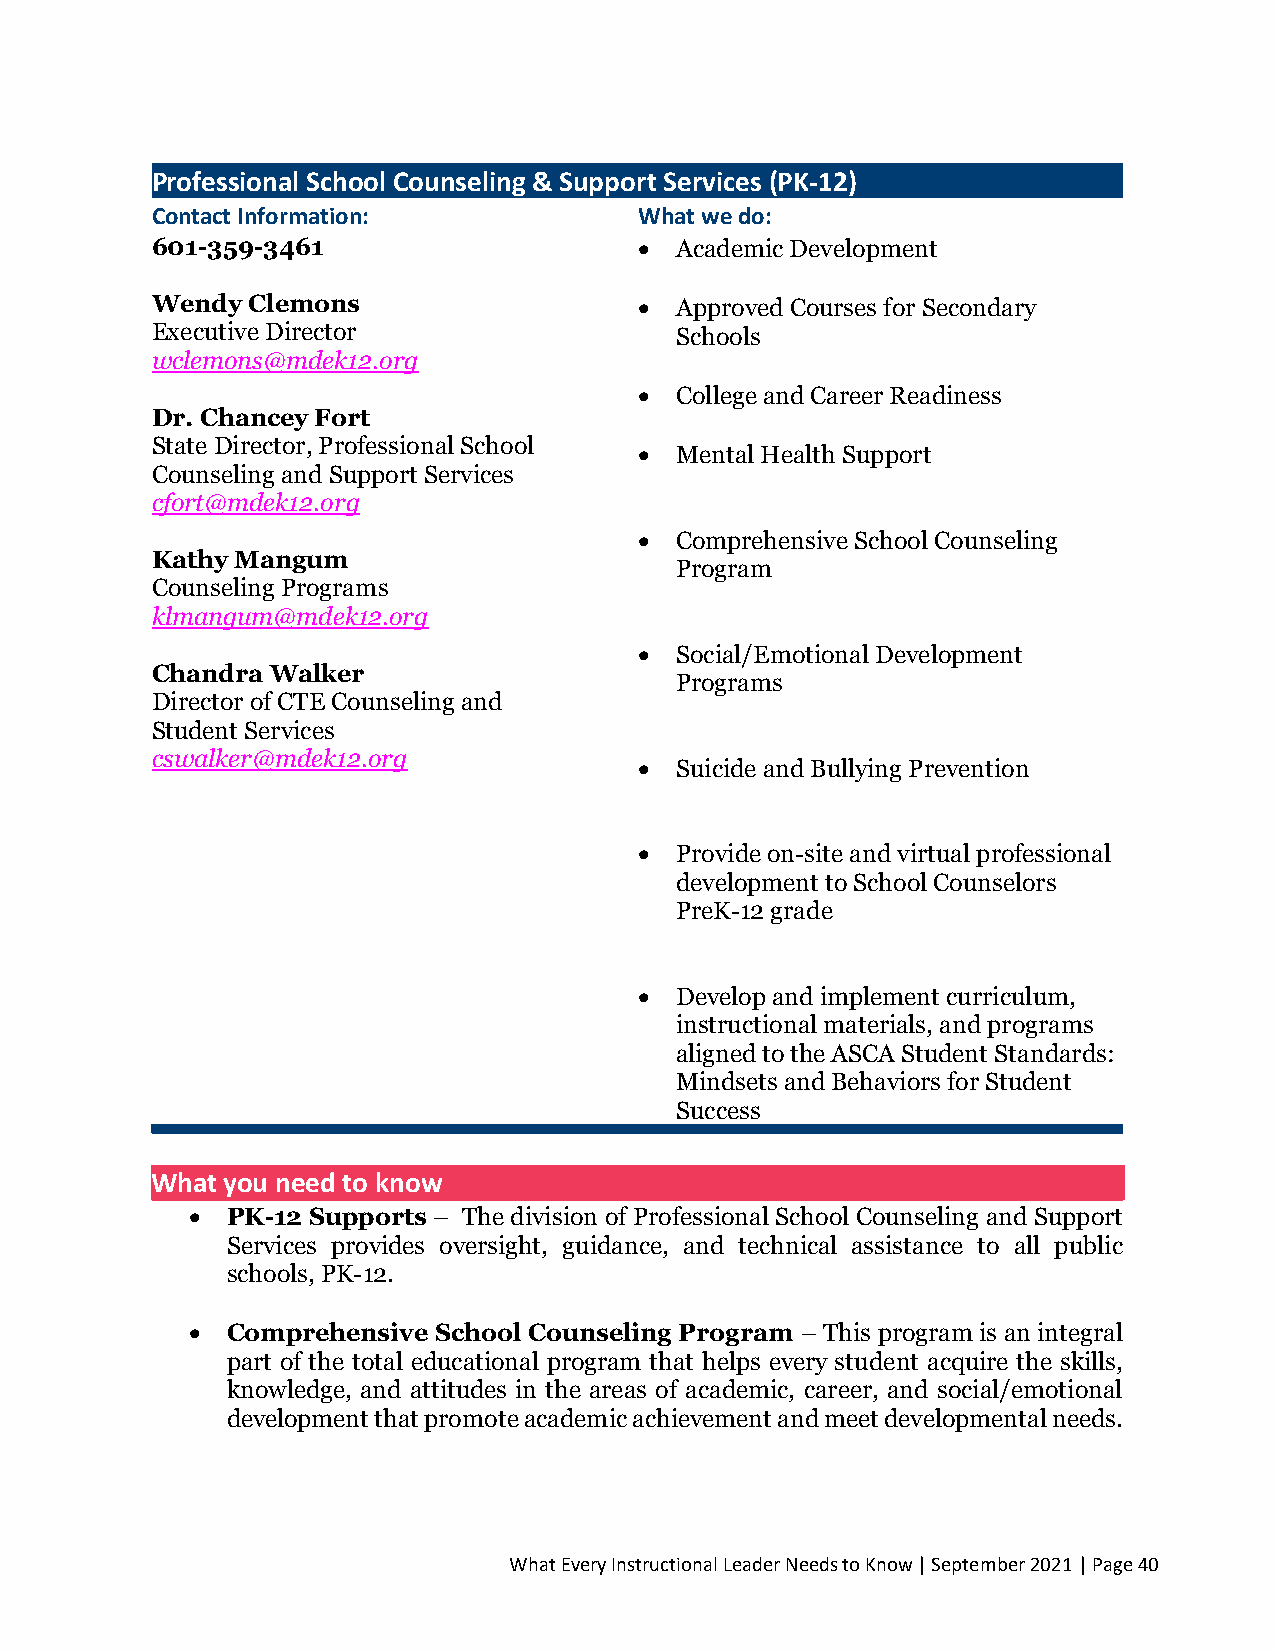
Professional School Counseling & Support Services (PK-12)
 Contact Information:            What we do:
 601-359-3461                    •  Academic Development
 Wendy Clemons                   •  Approved Courses for Secondary
 Executive Director                 Schools
 wclemons@mdek12.org
 •  College and Career Readiness
 Dr. Chancey Fort
 State Director, Professional School
 •  Mental Health Support
 Counseling and Support Services
 cfort@mdek12.org
 •  Comprehensive School Counseling
 Kathy Mangum
 Program
 Counseling Programs
 klmangum@mdek12.org
 •  Social/Emotional Development
 Chandra Walker
 Programs
 Director of CTE Counseling and
 Student Services
 cswalker@mdek12.org
 •  Suicide and Bullying Prevention
 •  Provide on-site and virtual professional
 development to School Counselors
 PreK-12 grade
 •  Develop and implement curriculum,
 instructional materials, and programs
 aligned to the ASCA Student Standards:
 Mindsets and Behaviors for Student
 Success
 What you need to know
 • PK-12 Supports – The division of Professional School Counseling and Support
 Services provides oversight, guidance, and technical assistance to all public
 schools, PK-12.
 • Comprehensive School Counseling Program – This program is an integral
 part of the total educational program that helps every student acquire the skills,
 knowledge, and attitudes in the areas of academic, career, and social/emotional
 development that promote academic achievement and meet developmental needs.
 What Every Instructional Leader Needs to Know | September 2021 | Page 40